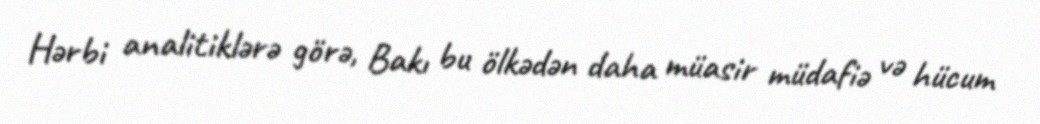
Hərbi analitiklərə görə, Bakı bu ölkədən daha müasir müdafiə və hücum